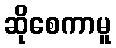
ဆိုစေကာမူ